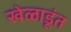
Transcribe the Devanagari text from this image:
खेळाडूंत